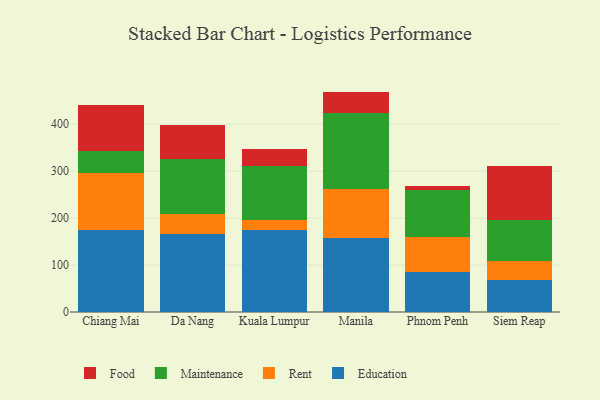
{"axis": {"x": "City", "y": "Humidity (%)"}, "legend": ["Education", "Food", "Maintenance", "Rent"], "data": [{"x": "Chiang Mai", "y": 174.1, "type": "Education"}, {"x": "Chiang Mai", "y": 121.8, "type": "Rent"}, {"x": "Chiang Mai", "y": 47.2, "type": "Maintenance"}, {"x": "Chiang Mai", "y": 98.5, "type": "Food"}, {"x": "Da Nang", "y": 166.0, "type": "Education"}, {"x": "Da Nang", "y": 43.2, "type": "Rent"}, {"x": "Da Nang", "y": 115.7, "type": "Maintenance"}, {"x": "Da Nang", "y": 73.4, "type": "Food"}, {"x": "Kuala Lumpur", "y": 173.6, "type": "Education"}, {"x": "Kuala Lumpur", "y": 22.9, "type": "Rent"}, {"x": "Kuala Lumpur", "y": 115.4, "type": "Maintenance"}, {"x": "Kuala Lumpur", "y": 34.6, "type": "Food"}, {"x": "Manila", "y": 157.6, "type": "Education"}, {"x": "Manila", "y": 103.4, "type": "Rent"}, {"x": "Manila", "y": 161.9, "type": "Maintenance"}, {"x": "Manila", "y": 46.5, "type": "Food"}, {"x": "Phnom Penh", "y": 84.4, "type": "Education"}, {"x": "Phnom Penh", "y": 74.5, "type": "Rent"}, {"x": "Phnom Penh", "y": 101.4, "type": "Maintenance"}, {"x": "Phnom Penh", "y": 7.2, "type": "Food"}, {"x": "Siem Reap", "y": 67.4, "type": "Education"}, {"x": "Siem Reap", "y": 41.3, "type": "Rent"}, {"x": "Siem Reap", "y": 87.0, "type": "Maintenance"}, {"x": "Siem Reap", "y": 114.5, "type": "Food"}]}